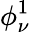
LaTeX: \phi_{\nu}^{1}